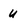
Character: u